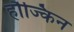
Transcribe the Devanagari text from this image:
हौज्किन